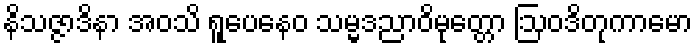
နိသဇ္ဇာဒိနာ အဝသိ ရူပေနေဝ သမ္မဒညာဝိမုတ္တော ဩဝဒိတုကာမော